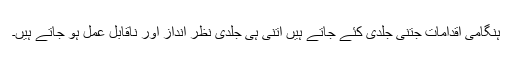
ہنگامی اقدامات جتنی جلدی کئے جاتے ہیں اتنی ہی جلدی نظر انداز اور ناقابلِ عمل ہو جاتے ہیں۔